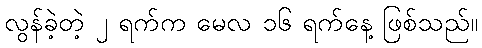
လွန်ခဲ့တဲ့ ၂ ရက်က မေလ ၁၆ ရက်နေ့ ဖြစ်သည်။